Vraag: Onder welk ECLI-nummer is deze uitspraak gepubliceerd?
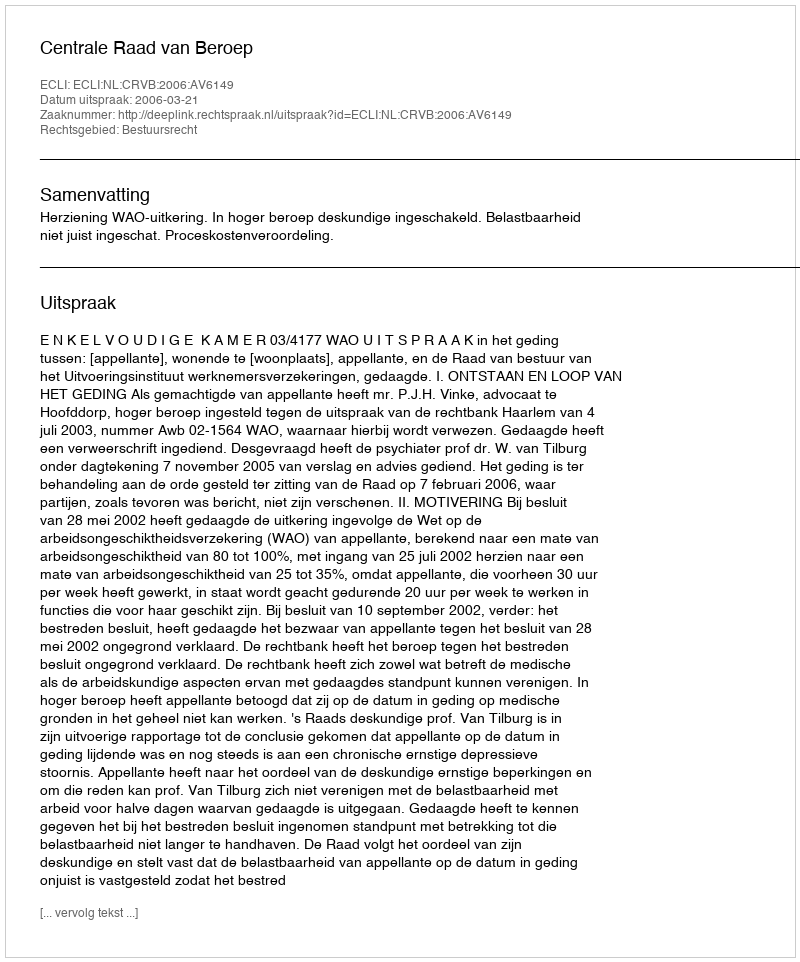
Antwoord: ECLI:NL:CRVB:2006:AV6149